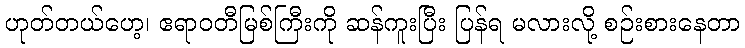
ဟုတ်တယ်ဟေ့၊ ဧရာဝတီမြစ်ကြီးကို ဆန်ကူးပြီး ပြန်ရ မလားလို့ စဉ်းစားနေတာ